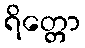
ရိတ္တော